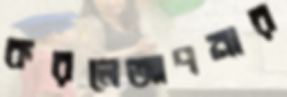
করলেআপনার